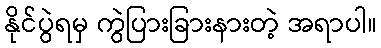
နိုင်ပွဲရမှ ကွဲပြားခြားနားတဲ့ အရာပါ။